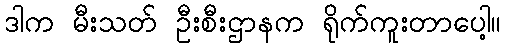
ဒါက မီးသတ် ဦးစီးဌာနက ရိုက်ကူးတာပေါ့။